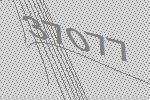
37077